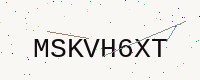
Text: MSKVH6XT